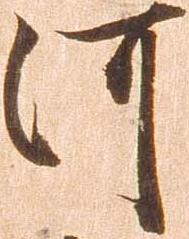
河